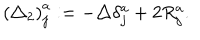
LaTeX: \left( \triangle _ { 2 } \right) _ { j } ^ { a } : = - \triangle \delta _ { j } ^ { a _ { { } } ^ { { } } } + 2 R _ { j } ^ { a } .